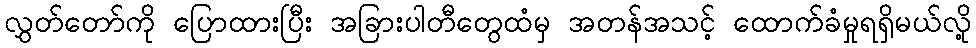
လွှတ်တော်ကို ပြောထားပြီး အခြားပါတီတွေထံမှ အတန်အသင့် ထောက်ခံမှုရရှိမယ်လို့